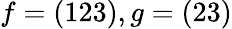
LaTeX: f=(123),g=(23)